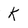
Character: k